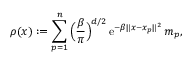
\rho ( x ) : = \sum _ { p = 1 } ^ { n } \Big ( \frac { \beta } { \pi } \Big ) ^ { d / 2 } \, \mathrm { e } ^ { - \beta \| x - x _ { p } \| ^ { 2 } } \, m _ { p } ,